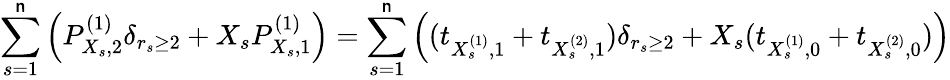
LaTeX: \underset{s=1}{\overset{\mathsf{n}}{\sum}}\left(P_{X_{s},2}^{(1)}\delta_{r_{s}\geq2}+X_{s}P_{X_{s},1}^{(1)}\right)=\underset{s=1}{\overset{\mathsf{n}}{\sum}}\left((t_{X_{s}^{(1)},1}+t_{X_{s}^{(2)},1})\delta_{r_{s}\geq2}+X_{s}(t_{X_{s}^{(1)},0}+t_{X_{s}^{(2)},0})\right)